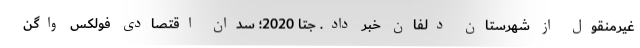
غیرمنقول از شهرستان دلفان خبر داد. جِتا 2020؛ سدان اقتصادی فولکس واگن